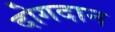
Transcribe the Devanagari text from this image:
दोगदान